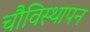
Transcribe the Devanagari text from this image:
चौविस्थापन